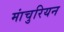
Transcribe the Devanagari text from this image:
मांचुरियन